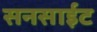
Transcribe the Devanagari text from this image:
सनसाईट